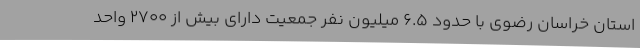
استان خراسان رضوی با حدود 6.5 میلیون نفر جمعیت دارای بیش از 2700 واحد